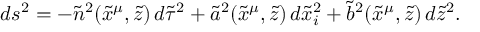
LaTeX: d s ^ { 2 } = - { \tilde { n } } ^ { 2 } ( { \tilde { x } } ^ { \mu } , { \tilde { z } } ) \, d { \tilde { \tau } } ^ { 2 } + { \tilde { a } } ^ { 2 } ( { \tilde { x } } ^ { \mu } , { \tilde { z } } ) \, d { \tilde { x } } _ { i } ^ { 2 } + { \tilde { b } } ^ { 2 } ( { \tilde { x } } ^ { \mu } , { \tilde { z } } ) \, d { \tilde { z } } ^ { 2 } .